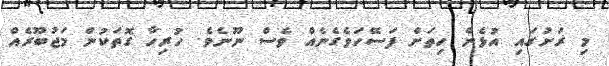
މި ރަށުގައި އުޅެން ހިތަށް ފަސޭހަވެގެނެއް ވެސް ނޫނެވެ. ހުރިހާ ގޮތަކުން މަޖުބޫރެއް